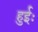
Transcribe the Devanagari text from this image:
हुईः